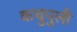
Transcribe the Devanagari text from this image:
कचुपुली